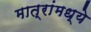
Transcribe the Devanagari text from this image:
मात्रांमध्ये